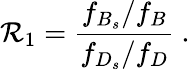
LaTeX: \mathcal{R}_{1}={\frac{{f_{B_{s}}/f_{B}}}{{f_{D_{s}}/f_{D}}}}\ .